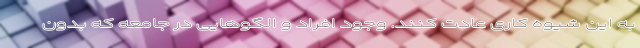
به این شیوه کاری عادت کنند. وجود افراد و الگوهایی در جامعه که بدون